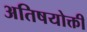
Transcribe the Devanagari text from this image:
अतिषयोक्ती